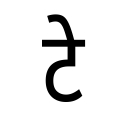
OCR:
टे